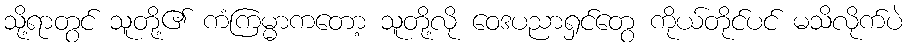
သို့ရာတွင် သူတို့၏ ကံကြမ္မာကတော့ သူတို့လို ဝေဒပညာရှင်တွေ ကိုယ်တိုင်ပင် မသိလိုက်ပဲ